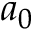
a _ { 0 }